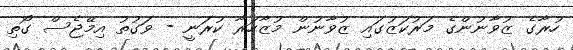
ހުރާގެ ޒުވާނުންގެ މަރުކަޒުގައި ޒުވާނުން މުޒާހަރާ ކުރަނީ - ވަގުތު އިމޭޖެސް ގޯތި